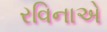
રવિનાએ